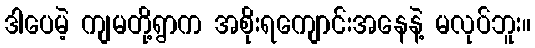
ဒါပေမဲ့ ကျမတို့ရွာက အစိုးရကျောင်းအနေနဲ့ မလုပ်ဘူး။